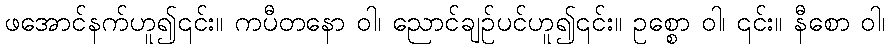
ဖအောင်နက်ဟူ၍၎င်း။ ကပီတနော ဝါ၊ ညောင်ချဉ်ပင်ဟူ၍၎င်း။ ဥစ္စော ဝါ၊ ၎င်း။ နီစော ဝါ၊